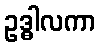
ဥဒ္ဓါလကာ